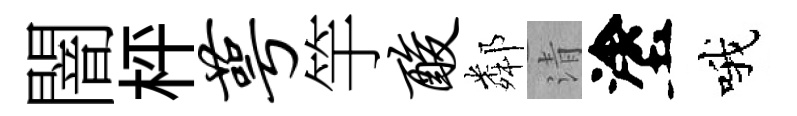
闇枰萼竽酸鄰清塗哦